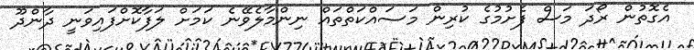
އެގޮތުން ރޯދަ މަސް ފެށުމުގެ ކުރިން މަސައްކަތްތައް ނިންމާލެވޭނެ ކަމަށް ލަފާކޮށްފައިވަނީ ދާންދޫ